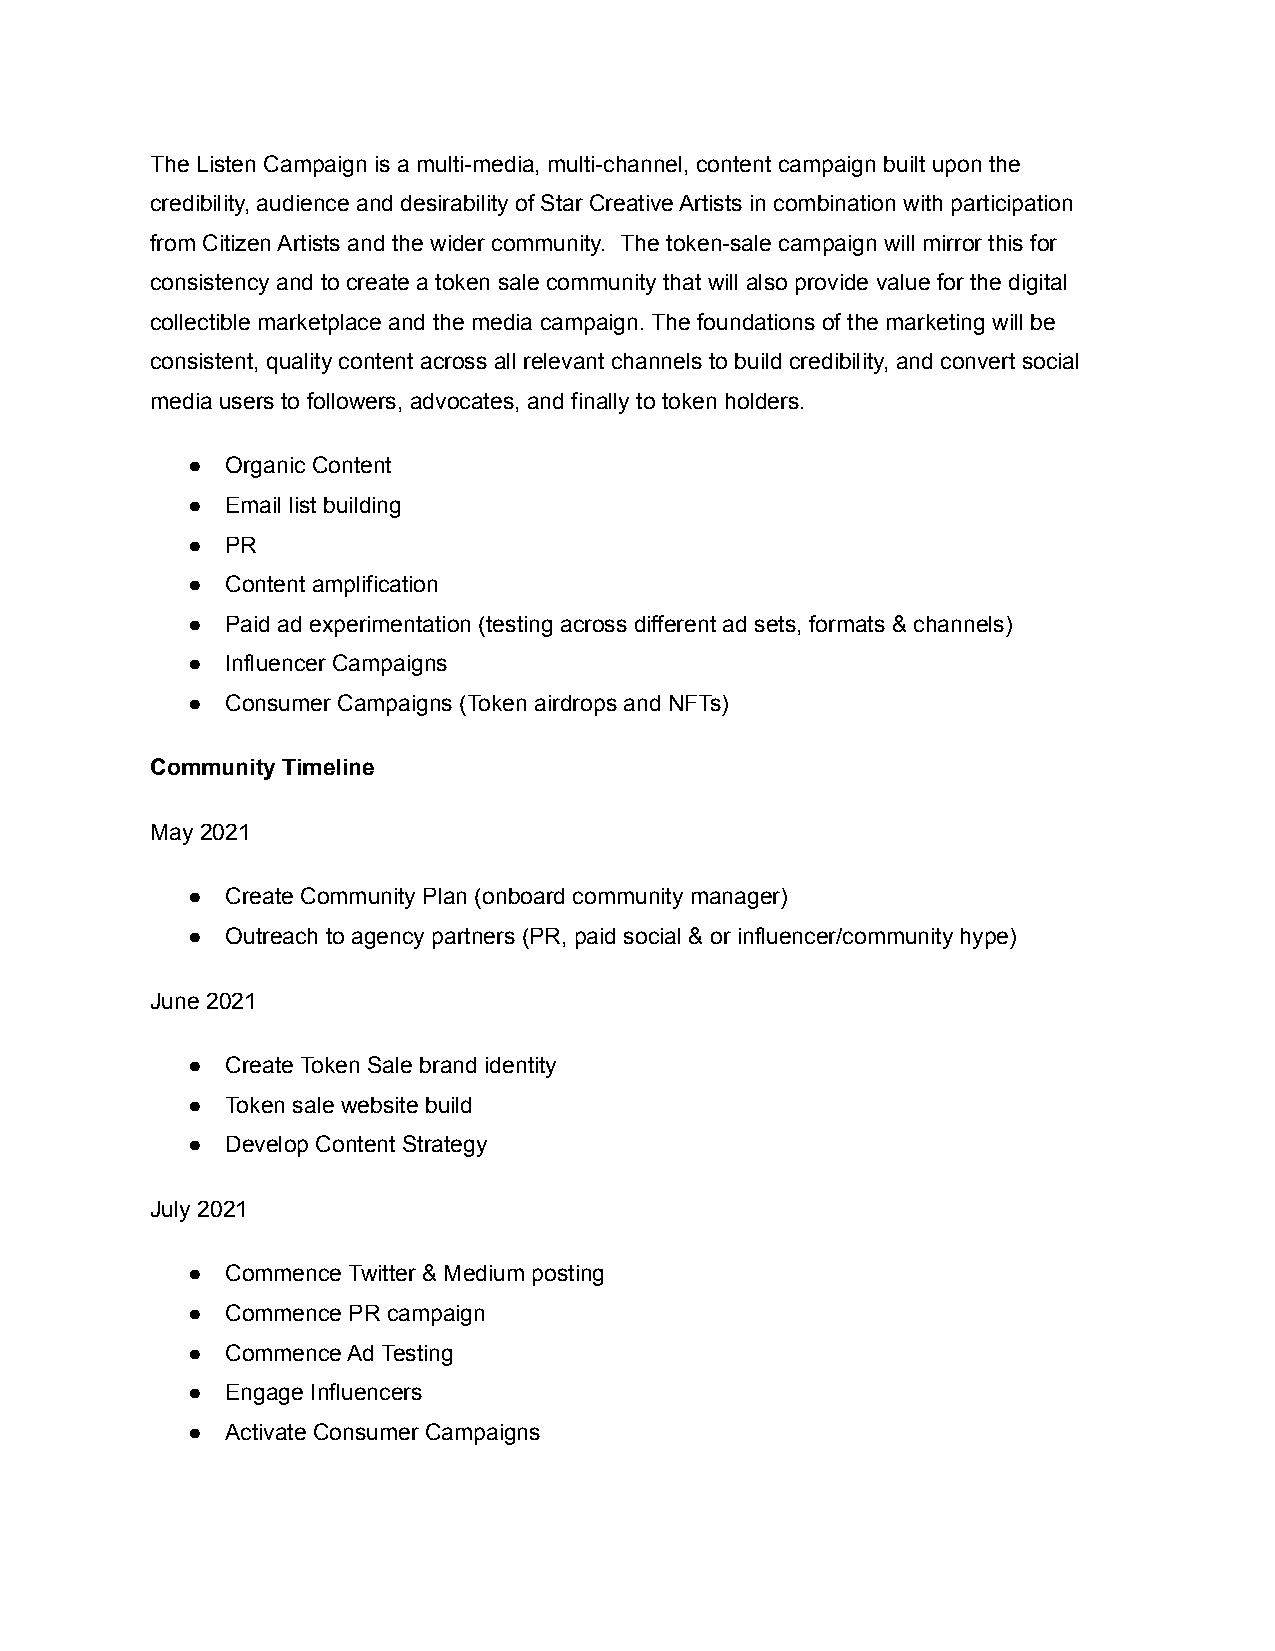
The Listen Campaign is a multi-media, multi-channel, content campaign built upon the
 credibility, audience and desirability of Star Creative Artists in combination with participation
 from Citizen Artists and the wider community. The token-sale campaign will mirror this for
 consistency and to create a token sale community that will also provide value for the digital
 collectible marketplace and the media campaign. The foundations of the marketing will be
 consistent, quality content across all relevant channels to build credibility, and convert social
 media users to followers, advocates, and finally to token holders.
 ●  Organic Content
 ●  Email list building
 ●  PR
 ●  Content amplification
 ●  Paid ad experimentation (testing across different ad sets, formats & channels)
 ●  Influencer Campaigns
 ●  Consumer Campaigns (Token airdrops and NFTs)
 Community Timeline
 May 2021
 ●  Create Community Plan (onboard community manager)
 ●  Outreach to agency partners (PR, paid social & or influencer/community hype)
 June 2021
 ●  Create Token Sale brand identity
 ●  Token sale website build
 ●  Develop Content Strategy
 July 2021
 ●  Commence Twitter & Medium posting
 ●  Commence PR campaign
 ●  Commence Ad Testing
 ●  Engage Influencers
 ●  Activate Consumer Campaigns